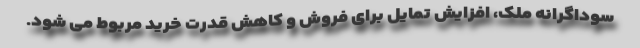
سوداگرانه ملک، افزایش تمایل برای فروش و کاهش قدرت خرید مربوط می شود.